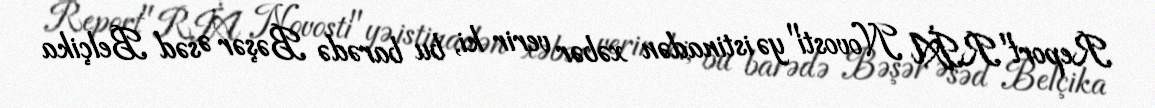
Report"RİA Novosti"yə istinadən xəbər verir ki, bu barədə Bəşər Əsəd Belçika